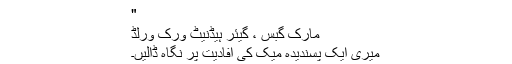
"
مارک گبس ، گیئر ہیڈنیٹ ورک ورلڈ
میری ایک پسندیدہ میک کی افادیت پر نگاہ ڈالیں۔